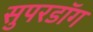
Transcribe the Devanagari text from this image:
सुपरडॉग